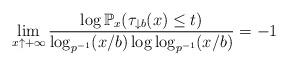
LaTeX: \begin{align*}\lim_{x\uparrow+\infty}\frac{\log \mathbb{P}_x(\tau_{\downarrow b}(x)\leq t)}{\log_{p^{-1}} (x/b) \log \log_{p^{-1}} (x/b)}=-1\end{align*}